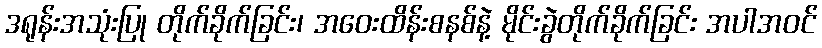
ဒရုန်းအသုံးပြု တိုက်ခိုက်ခြင်း၊ အဝေးထိန်းစနစ်နဲ့ မိုင်းခွဲတိုက်ခိုက်ခြင်း အပါအဝင်